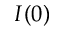
I ( 0 )